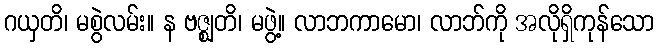
ဂယှတိ၊ မစွဲလမ်း။ န ဗဇ္ဈတိ၊ မဖွဲ့။ လာဘကာမော၊ လာဘ်ကို အလိုရှိကုန်သော